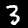
Label: 3